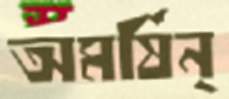
অমর্ষিন্